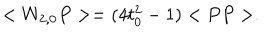
< W _ { 2 , 0 } P > = ( 4 t _ { 0 } ^ { 2 } - 1 ) < P P > .